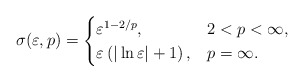
\begin{align*}\sigma (\varepsilon ,p) =\begin{cases}\varepsilon ^{1-2/p} , &2<p<\infty ,\\\varepsilon\left(\vert \ln \varepsilon \vert +1\right) , &p=\infty .\end{cases}\end{align*}